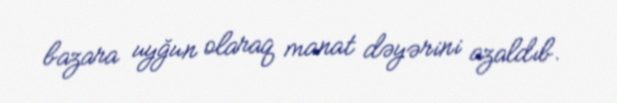
bazara uyğun olaraq manat dəyərini azaldıb.